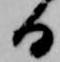
日